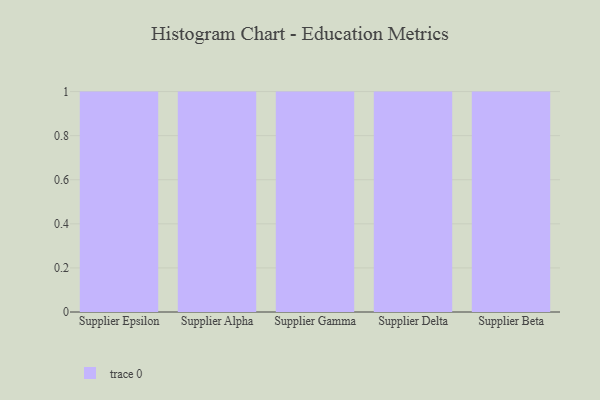
{"axis": {"x": "Supplier", "y": "Net Income (USD K)"}, "legend": [""], "data": [{"x": "Supplier Epsilon", "y": 99, "type": ""}, {"x": "Supplier Alpha", "y": 48, "type": ""}, {"x": "Supplier Gamma", "y": 32, "type": ""}, {"x": "Supplier Delta", "y": 11, "type": ""}, {"x": "Supplier Beta", "y": 64, "type": ""}]}